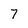
Character: 7